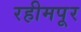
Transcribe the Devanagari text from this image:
रहीमपूर